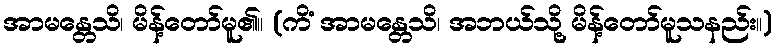
အာမန္တေသိ၊ မိန့်တော်မူ၏။ (ကိံ အာမန္တေသိ၊ အဘယ်သို့ မိန့်တော်မူသနည်း။)